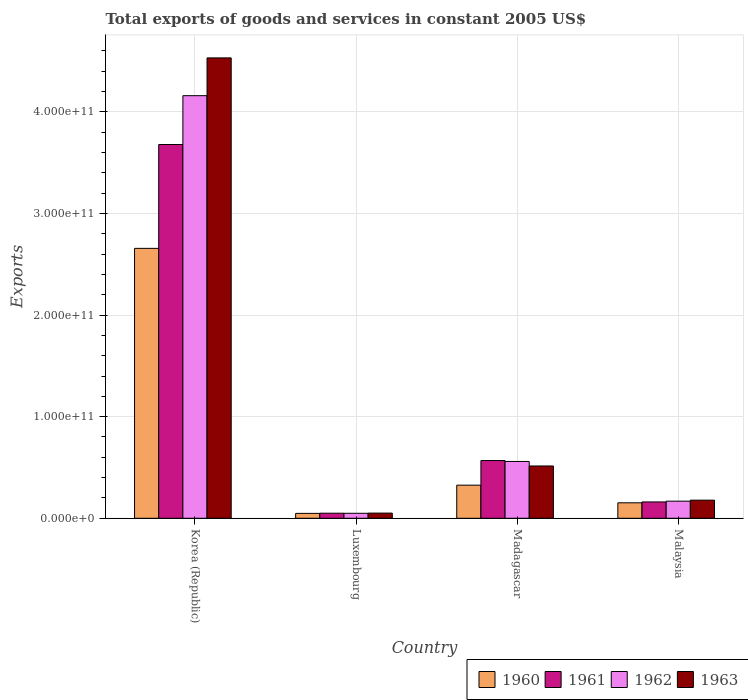
| Country | 1960 | 1961 | 1962 | 1963 |
 | --- | --- | --- | --- | --- |
 | Korea (Republic) | 2.66e+11 | 3.68e+11 | 4.16e+11 | 4.53e+11 |
 | Luxembourg | 4.81e+09 | 4.98e+09 | 4.9e+09 | 5.08e+09 |
 | Madagascar | 3.26e+10 | 5.68e+10 | 5.59e+10 | 5.15e+10 |
 | Malaysia | 1.52e+10 | 1.61e+10 | 1.68e+10 | 1.78e+10 |